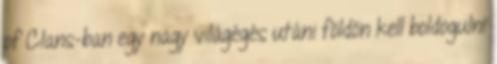
of Clans-ban egy nagy világégés utáni földön kell boldogulni